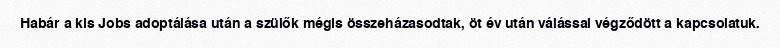
Habár a kis Jobs adoptálása után a szülők mégis összeházasodtak, öt év után válással végződött a kapcsolatuk.